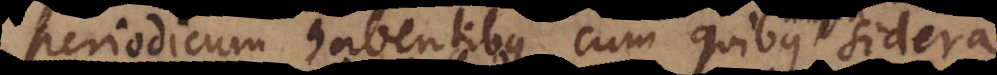
periodicum habentibus, cum quibus sidera